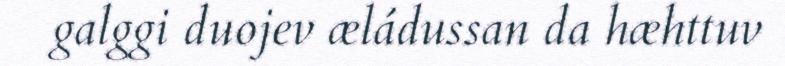
galggi duojev æládussan da hæhttuv